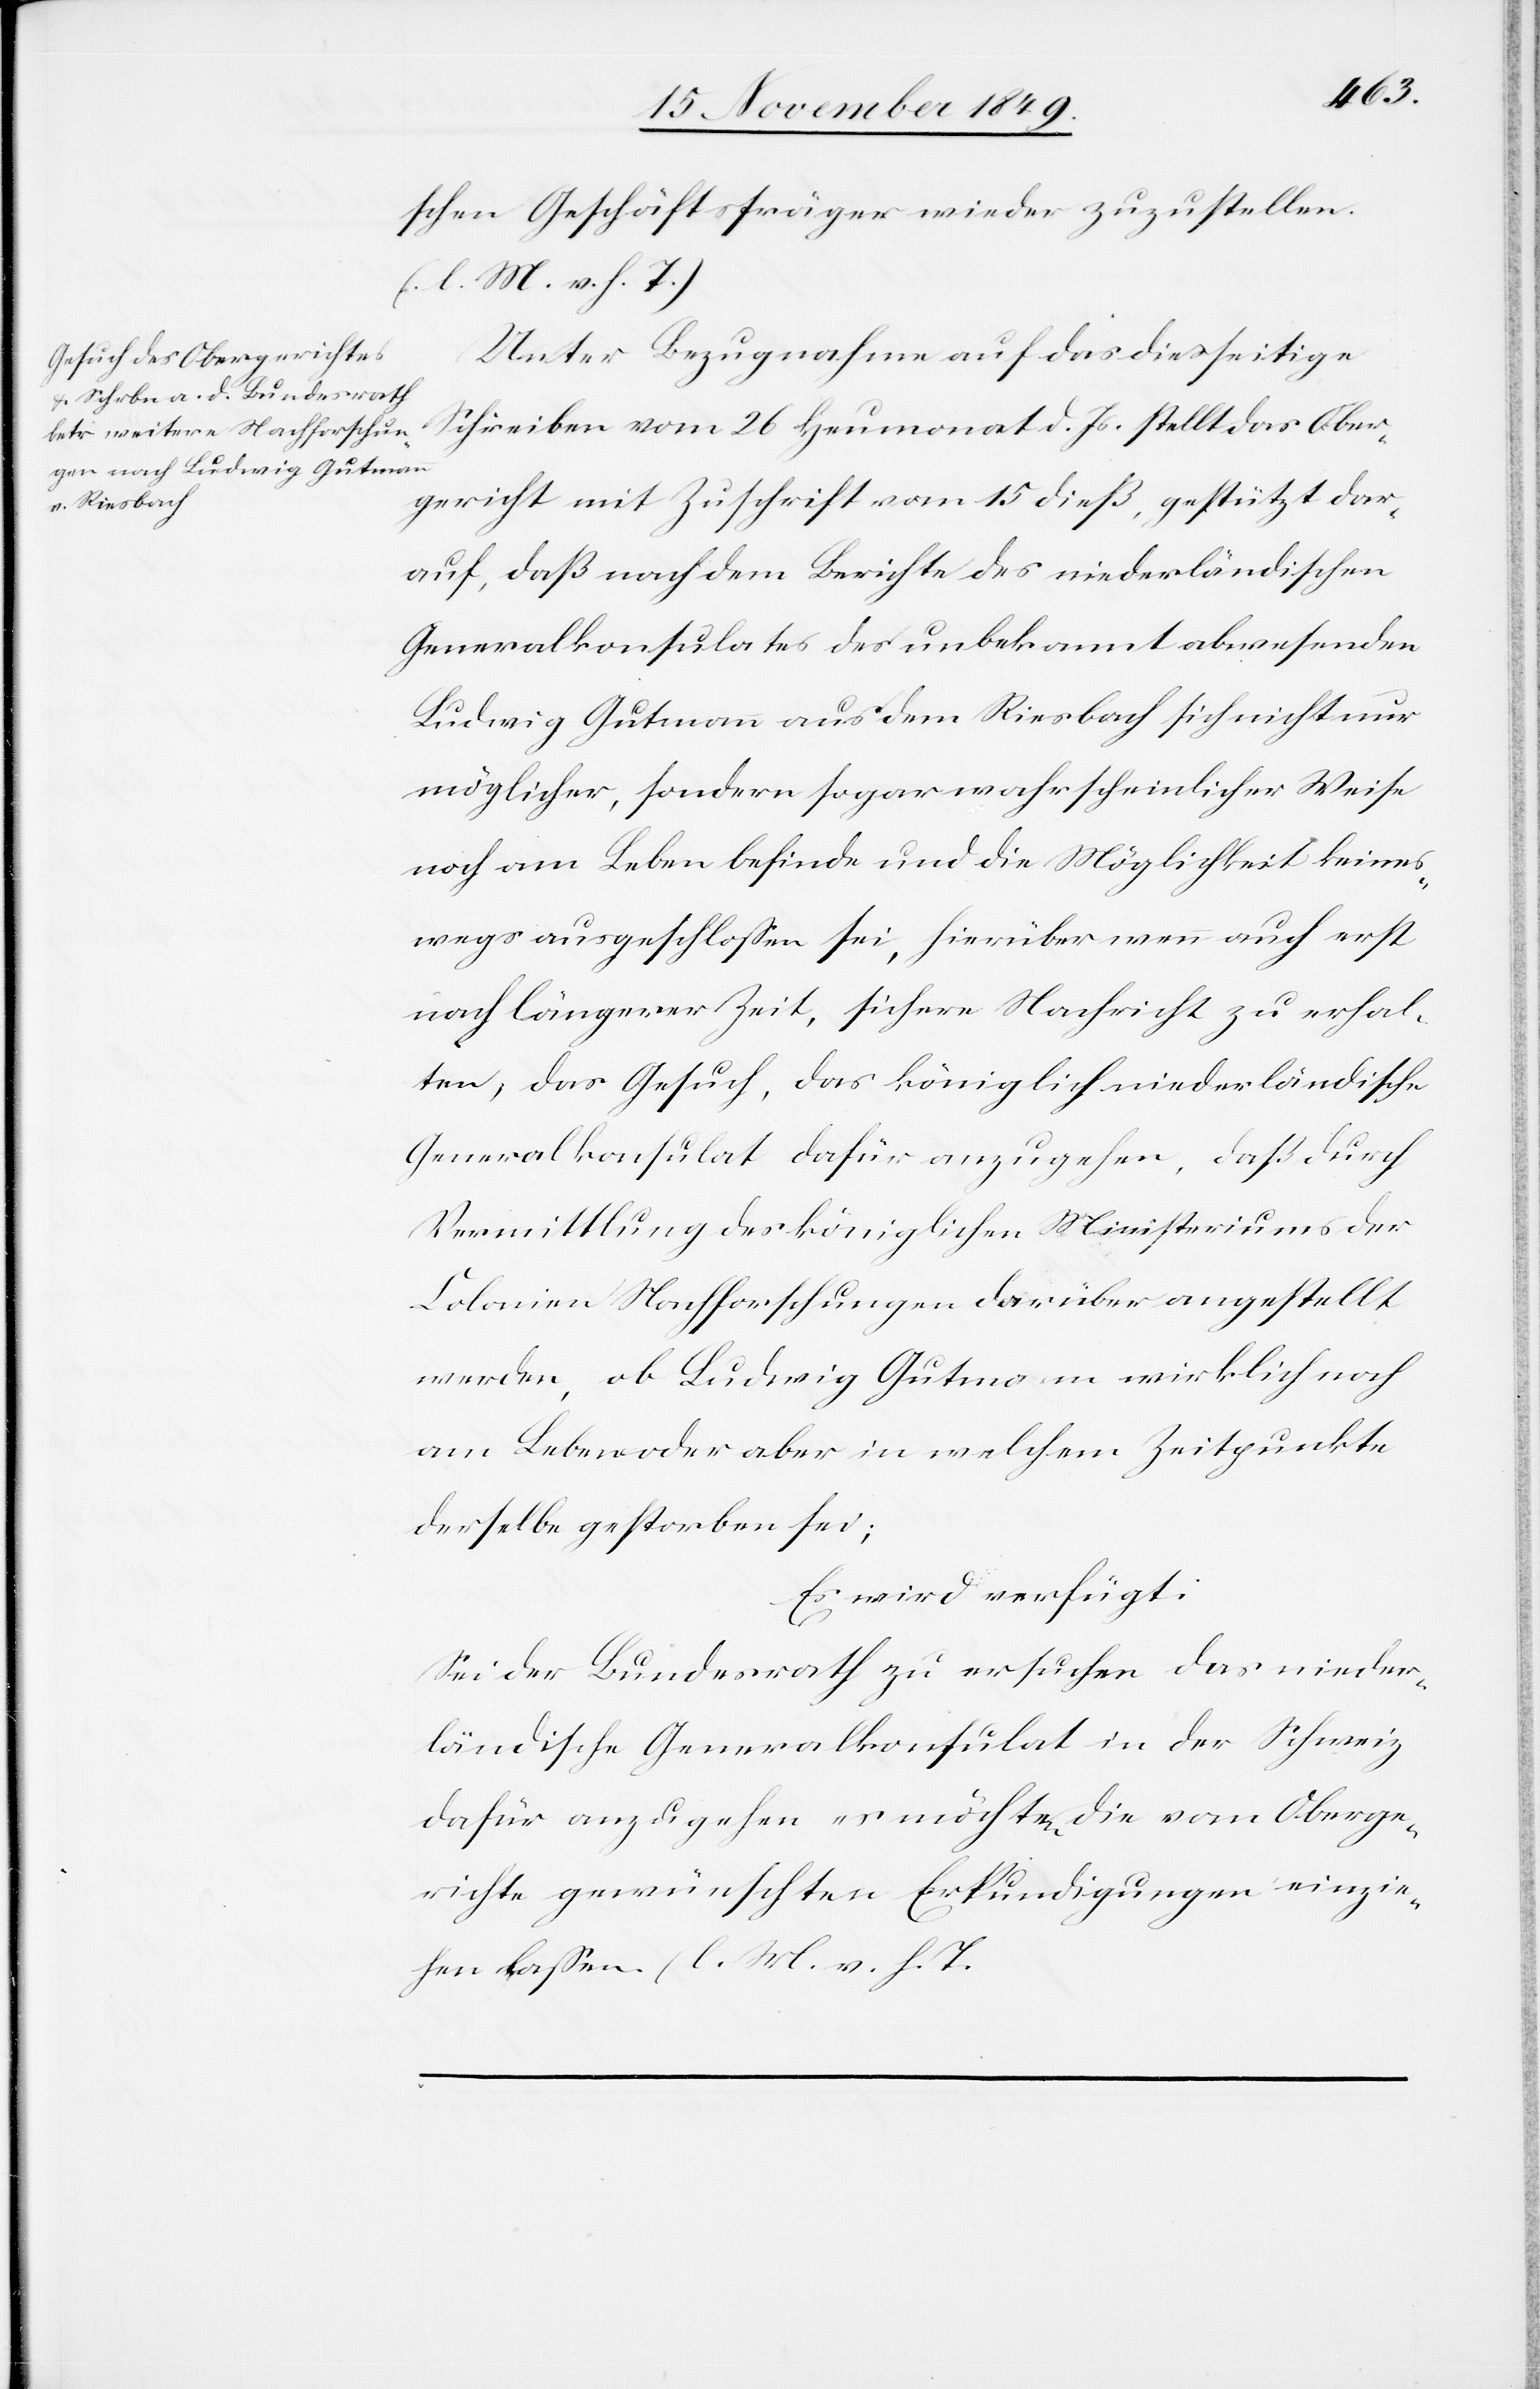
20 November 1849.]
schen Geschäftsträger wieder zuzustellen.
[l. M. v. h. T]
Unter Bezugnahme auf das diesseitige
Schreiben vom 26 Heumonat d. Js. stellt das Ober¬
gericht mit Zuschrift vom 15 dieß, gestützt dar¬
auf, daß nach dem Berichte des niederländischen
Generalkonsulates des unbekannt abwesenden
Ludwig Gutmann aus dem Riesbach sich nicht nur
möglicher, sondern sogar wahrscheinlicher Weise
noch am Leben befinde und die Möglichkeit keines¬
wegs ausgeschloßen sei, hierüber wenn auch erst
nach längerer Zeit, sichere Nachricht zu erhal¬
ten, das Gesuch, das königlich niederländische
Generalkonsulat dafür anzugehen, daß durch
Vermittlung des königlichen Ministeriums der
Colonien Nachforschungen darüber angestellt
werden, ob Ludwig Gutmann wirklich noch
am Leben oder aber in welchem Zeitpunkte
derselbe gestorben sei;
Es wird verfügt:
Sei der Bundesrath zu ersuchen das nieder¬
ländische Generalkonsulat in der Schweiz
dafür anzugehen es möchte die vom Oberge¬
richte gewünschten Erkundigungen einzie¬
hen laßen. [l. M. v. h. T]